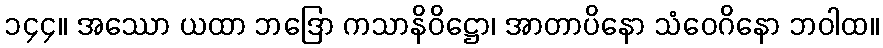
၁၄၄။ အဿော ယထာ ဘဒြော ကသာနိဝိဋ္ဌော၊ အာတာပိနော သံဝေဂိနော ဘဝါထ။